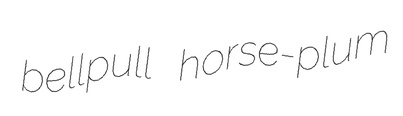
bellpull horse-plum